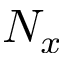
N _ { x }